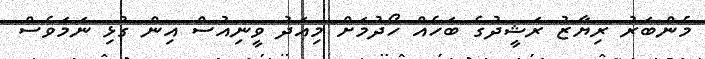
މެންބަރު ރިޔާޒު ރަޝީދުގެ ބަހެއް ހޯދުމަށް މިއަދު ވީނިއުސް އިން ގުޅި ނަމަވެސް